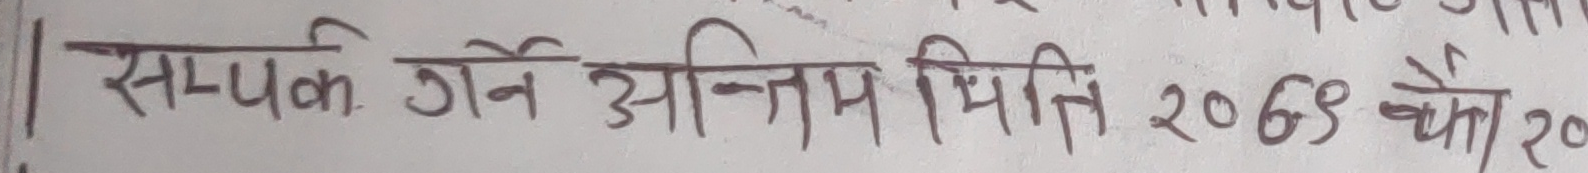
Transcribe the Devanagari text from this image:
सम्पर्क गर्ने अन्तिम मिति २०६९ चैत २०